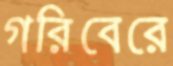
গরিবেরে